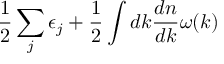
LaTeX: \frac { 1 } { 2 } \sum _ { j } \epsilon _ { j } + \frac { 1 } { 2 } \int d k \frac { d n } { d k } \omega ( k )